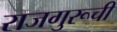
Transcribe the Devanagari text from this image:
राजगुरूची